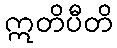
ဣတိပီတိ